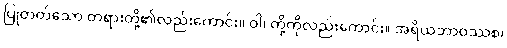
ပြုတတ်သော တရားတို့၏လည်းကောင်း။ ဝါ၊ တို့ကိုလည်းကောင်း။ အရိယဘာဝဿစ၊